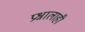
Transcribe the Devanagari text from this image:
प्रश्नालाही